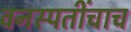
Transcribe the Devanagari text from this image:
वनस्पतींचाच